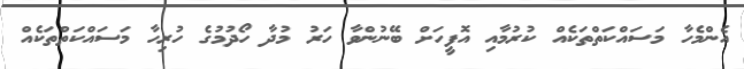
އެންމެހާ މަސައްކަތްތަކެއް ކުރުމާއި އޮފީހަށް ބޭނުންވާ ހަރު މުދާ ހޯދުމުގެ ހުރިހާ މަސައްކަތްތަކެއް